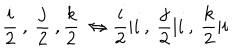
LaTeX: \frac { i } { 2 } \: , \: \frac { j } { 2 } \: , \frac { k } { 2 } \: \Leftrightarrow \frac { i } { 2 } \vert i \: , \: \frac { j } { 2 } \vert i \: , \: \frac { k } { 2 } \vert i